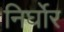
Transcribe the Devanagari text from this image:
निर्घोर